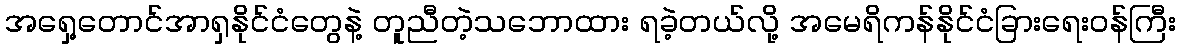
အရှေ့တောင်အာရှနိုင်ငံတွေနဲ့ တူညီတဲ့သဘောထား ရခဲ့တယ်လို့ အမေရိကန်နိုင်ငံခြားရေးဝန်ကြီး